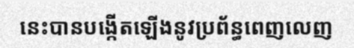
នេះបានបង្កើតឡើងនូវប្រព័ន្ធពេញលេញ